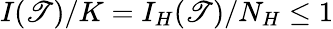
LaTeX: I(\mathscr{T})/K=I_{H}(\mathscr{T})/N_{H}\leq1